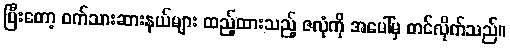
ပြီးတော့ ဝက်သားဆားနယ်များ ထည့်ထားသည့် ဇလုံကို အပေါ်မှ တင်လိုက်သည်။